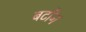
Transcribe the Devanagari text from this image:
बर्टोंन